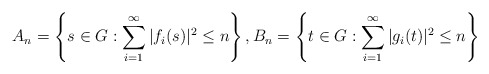
\begin{align*}A_n =\left\{s\in G: \sum_{i=1}^{\infty} |f_i(s)|^2\le n\right\}, B_n =\left\{t\in G: \sum_{i=1}^{\infty} |g_i(t)|^2\le n\right\}\end{align*}